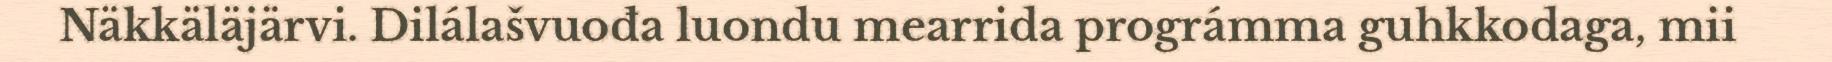
Näkkäläjärvi. Dilálašvuođa luondu mearrida prográmma guhkkodaga, mii